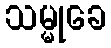
သမ္မုခေ